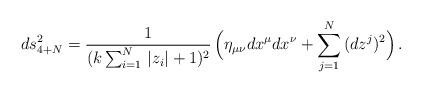
LaTeX: \begin{align*}ds_{4+N}^2= \frac{1}{(k\sum_{i=1}^N\,|z_i|+1)^2}\,\Big(\eta_{\mu\nu}dx^{\mu}dx^{\nu} +\sum_{j=1}^N\,(dz^j)^2\Big)\,. \end{align*}